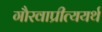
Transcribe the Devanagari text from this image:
गौरवाप्रीत्ययर्थ